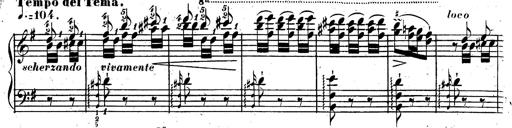
Title: Rondeau fantastique sur un thÃ¨me espagnol
Composer: Franz Liszt